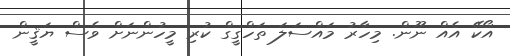
އޯކޭ އެއް ނޫން. މިހާރު މައްސަލަ ތަހްގީގް ކުރި މީހުންނަށް ވެސް ޔަޤީން